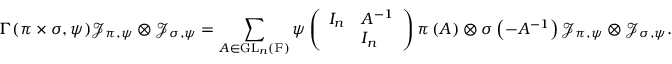
\Gamma ( \pi \times \sigma , \psi ) \mathcal { J } _ { \pi , \psi } \otimes \mathcal { J } _ { \sigma , \psi } = \sum _ { A \in \mathrm { G L } _ { n } \left( \mathbb { F } \right) } \psi \left( \begin{array} { l l } { I _ { n } } & { A ^ { - 1 } } \\ & { I _ { n } } \end{array} \right) \pi \left( A \right) \otimes \sigma \left( - A ^ { - 1 } \right) \mathcal { J } _ { \pi , \psi } \otimes \mathcal { J } _ { \sigma , \psi } .